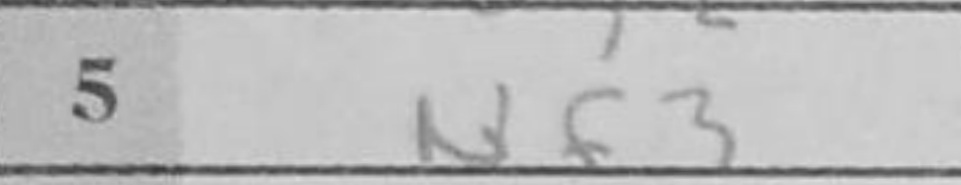
Transcription: Nf3